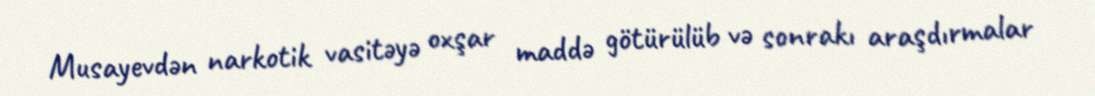
Musayevdən narkotik vasitəyə oxşar maddə götürülüb və sonrakı araşdırmalar